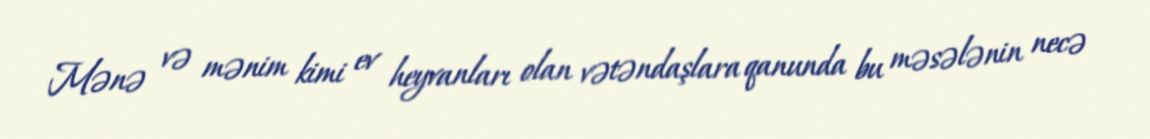
Mənə və mənim kimi ev heyvanları olan vətəndaşlara qanunda bu məsələnin necə